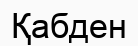
Қабден